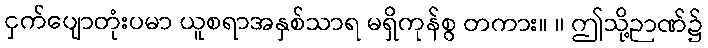
ငှက်ပျောတုံးပမာ ယူစရာအနှစ်သာရ မရှိကုန်စွ တကား။ ။ ဤသို့ဉာဏ်၌